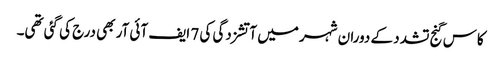
کاس گنج تشدد کے دوران شہر میں آتشزدگی کی 7 ایف آئی آر بھی درج کی گئی تھی۔